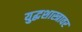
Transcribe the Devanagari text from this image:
युद्धशास्त्रावर